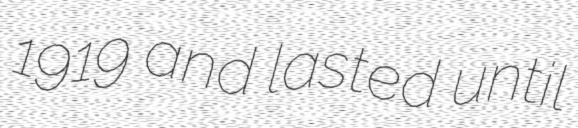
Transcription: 1919 and lasted until